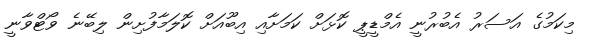
މިކަމުގެ އަސަރު އެބުރުނީ އެމްޑީޕީ ކޮޅަށް ކަމަށާއި އިބޫއަށް ކޮލަމާފުށިން ލިބޭނެ ވޯޓްވާނީ